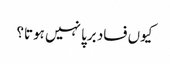
کیوں فساد برپا نہیں ہوتا؟